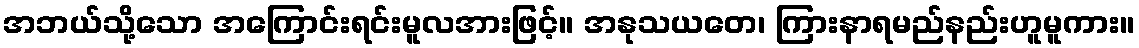
အဘယ်သို့သော အကြောင်းရင်းမူလအားဖြင့်။ အနုသယတေ၊ ကြားနာရမည်နည်းဟူမူကား။